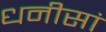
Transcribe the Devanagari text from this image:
धनीसां